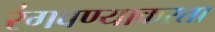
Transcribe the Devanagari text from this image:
रंगवण्याकरता